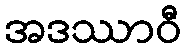
အဒဿာဝီ